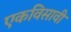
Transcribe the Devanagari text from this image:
एकविसावी